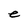
Character: e